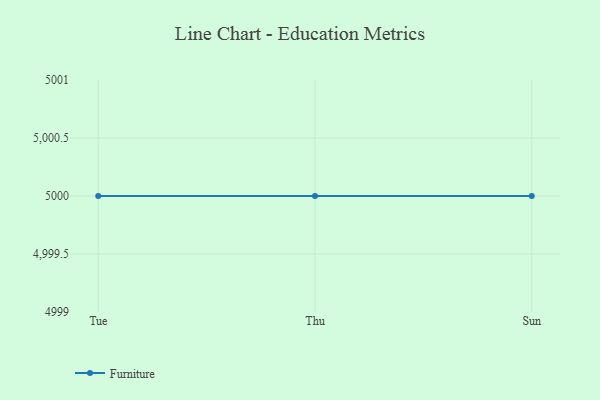
{"axis": {"x": "Day", "y": "Page Views"}, "legend": ["Furniture"], "data": [{"x": "Tue", "y": 5000, "type": "Furniture"}, {"x": "Thu", "y": 5000, "type": "Furniture"}, {"x": "Sun", "y": 5000, "type": "Furniture"}]}